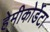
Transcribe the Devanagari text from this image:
हेमीकोर्डेटा